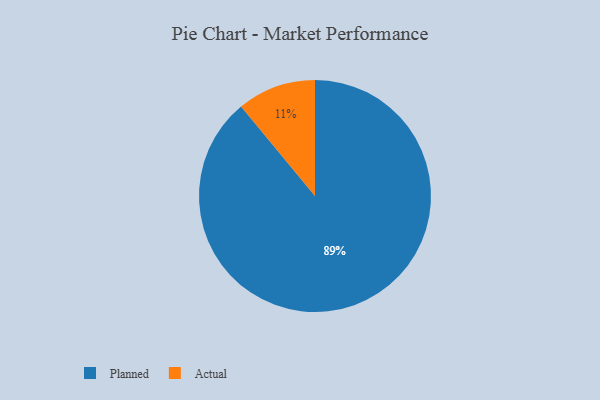
{"axis": {"x": "Category", "y": "Percentage"}, "legend": ["Actual", "Planned"], "data": [{"x": "Planned", "y": 89, "type": "Planned"}, {"x": "Actual", "y": 11, "type": "Actual"}]}